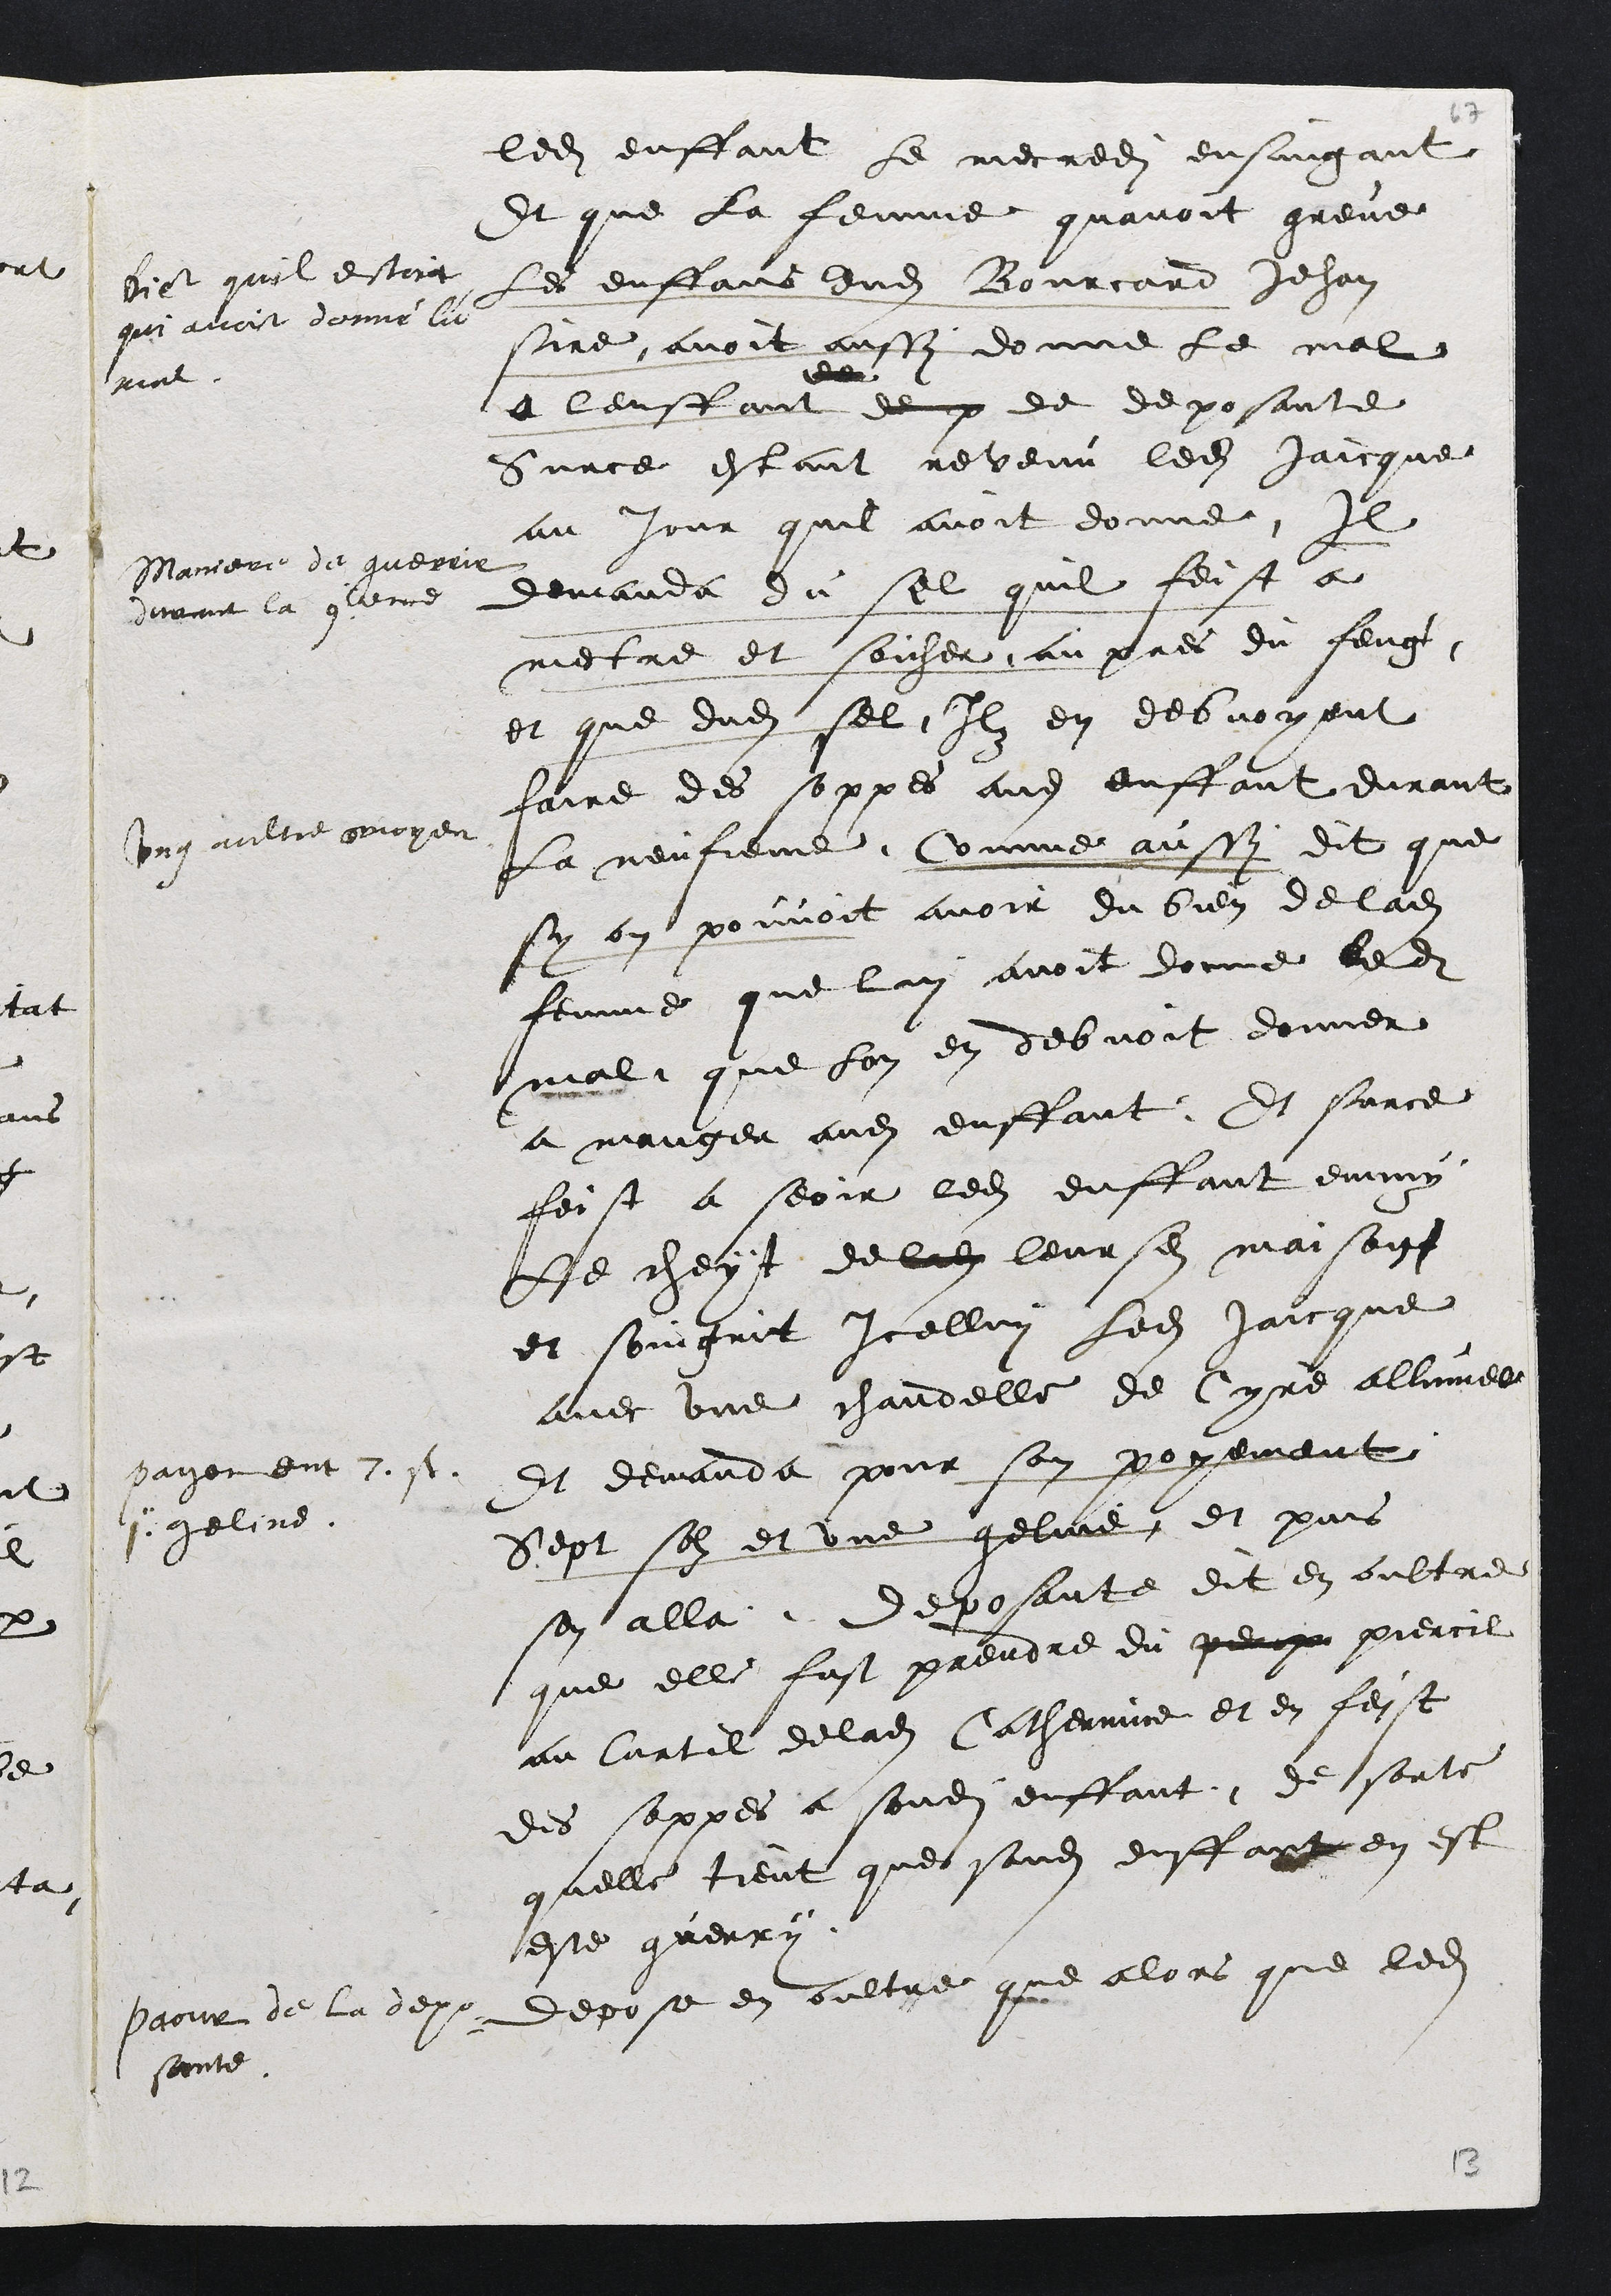
ledit enffant le mecredi ensuigant
Et que la femme quavoit greve
Les enffans dudit Bourcard Jehan
sire avoit aussy donne le mal
a lenffant deux de deposante
Dict quil estoit
qui avoit donne le
mal
Surce estant revenu ledit Jaicque
au jour quil avoit donne Il
demanda du sel quil feist a
metre et soicher aupres du feug
et que dudit sel Ilz en debvoyent
faire des soppees audit enffant durant
La neufieme
Maniere de guerrir
durant la 9ieme
Comme aussy dit que
sy on pouvoit avoir du bien de ladite
femme que lui avoit donne ledit
mal que lon en debvoit donner
a manger audit enffant.
Ung aultre moyen.
Et surce
feist a seoir ledit enffant emmy
Le cheyt de ladite leursdites maison
et soingnit Icellui ledit Jaicque
avec une chandelle de Cyre allumee
et demanda pour son poyement
Sept solz et une geline
payement 7. s.
1 geline
et puis
sen alla. Deposante dit en oultre
que elle fust prendre du percy piercil
au Curtil de ladite Catherinne et en feist
des soppes a sondit enffant de sorte
quelle tient que sondit enffant en est
este guerry
Paour de la depo¬
sante
depose en oultre que alors que ledit
13